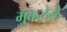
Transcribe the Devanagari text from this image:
मुकलेले